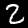
Digit: 2